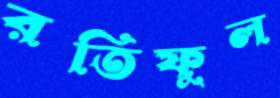
রতিফুল